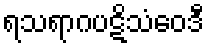
ရသရာဂပဋိသံဝေဒီ